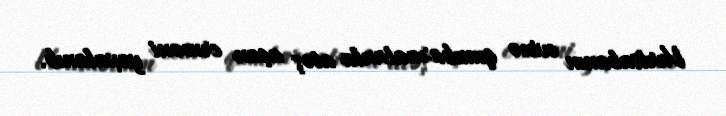
Vartsabanın evinə qumbaraatanla atəş açan erməni yaxalanıb.